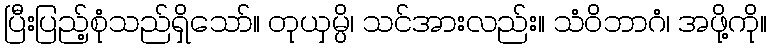
ပြီးပြည့်စုံသည်ရှိသော်။ တုယှမ္ပိ၊ သင်အားလည်း။ သံဝိဘာဂံ၊ အဖို့ကို။